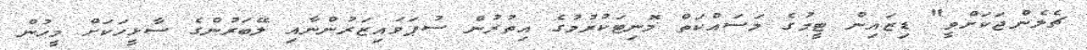
ޗެލެންޖަކަށްވީ" ޑިޒައިން ޓީމުގެ މަސައްކަތް މޮނިޓަކުރުމުގެ އިތުރުން ސުޕަވައިޒަރުންނާއި ލޭބަރުންގެ ސާޅީހަކަށް މީހުން